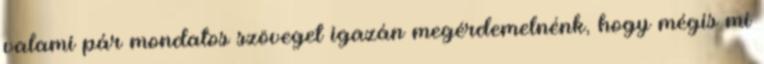
valami pár mondatos szöveget igazán megérdemelnénk, hogy mégis mi